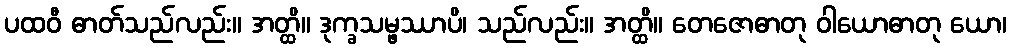
ပထဝီ ဓာတ်သည်လည်း။ အတ္ထိ။ ဒုက္ခသမ္ဖဿာပိ၊ သည်လည်း။ အတ္ထိ။ တေဇောဓာတု ဝါယောဓာတု ယော၊